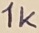
Text: 1K